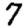
Digit: 7